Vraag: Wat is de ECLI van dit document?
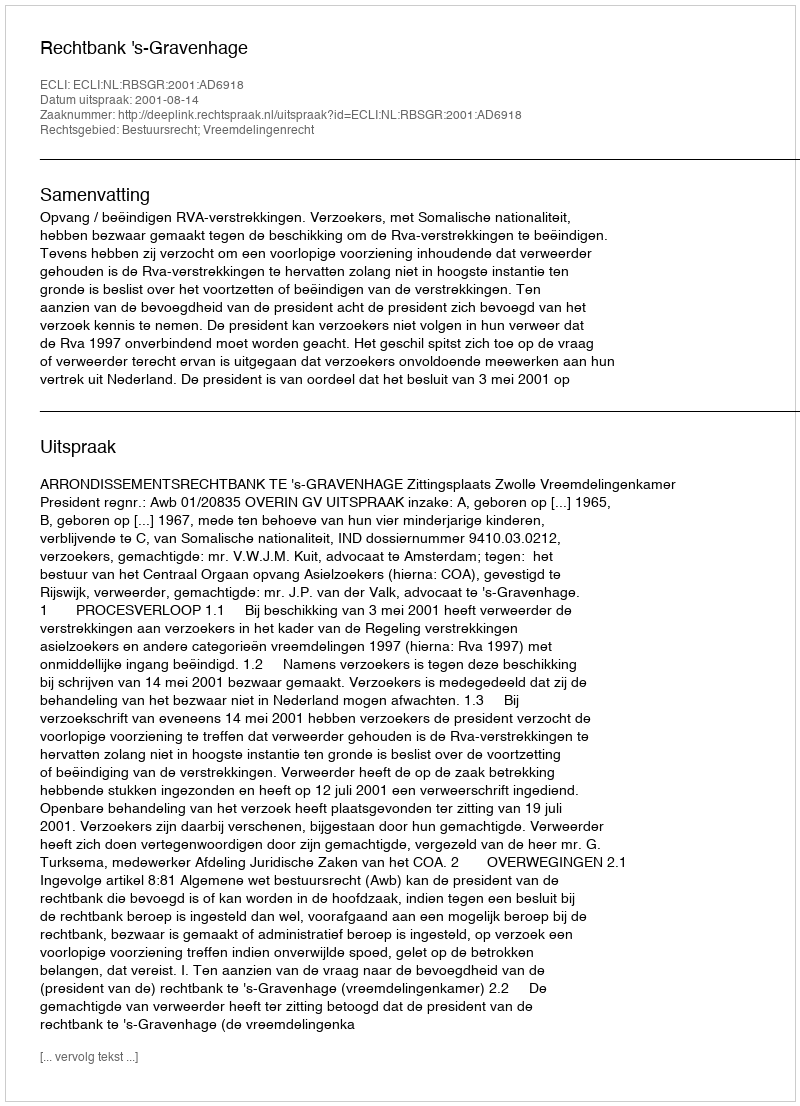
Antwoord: ECLI:NL:RBSGR:2001:AD6918